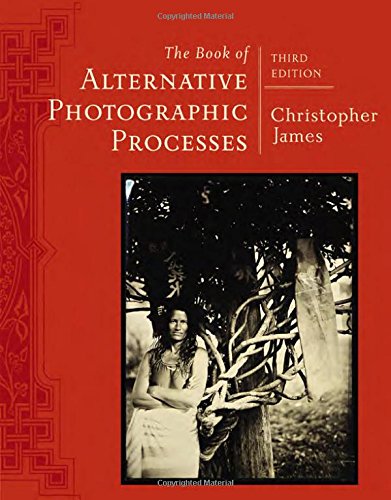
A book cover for The Book of Alternative Photographic Processes; Christopher James; Computers & Technology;